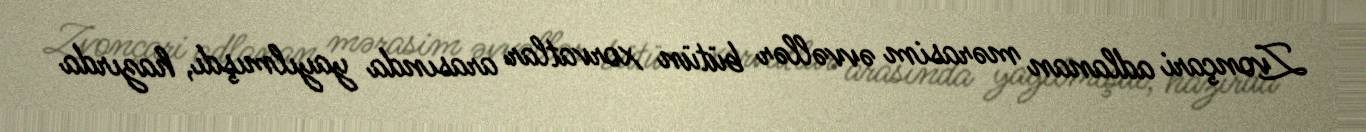
Zvonçari adlanan mərasim əvvəllər bütün xorvatlar arasında yayılmışdı, hazırda